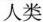
人类